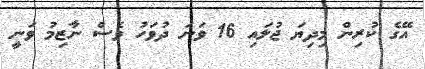
އޭގެ ކުރިން މިދިޔަ ޖުލައި 16 ވަނަ ދުވަހު ވެސް ނާޒިމު ވަނީ